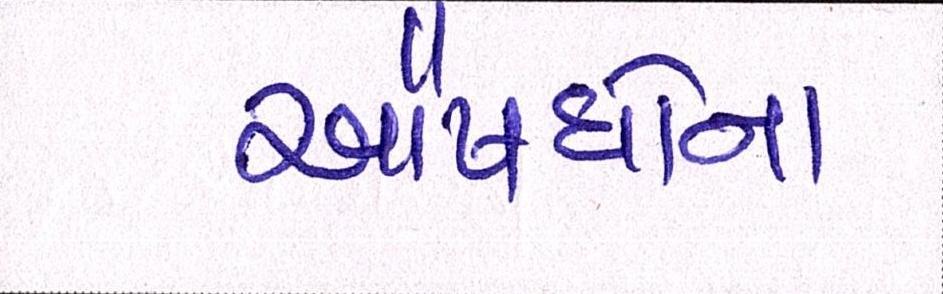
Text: ઔષધોના